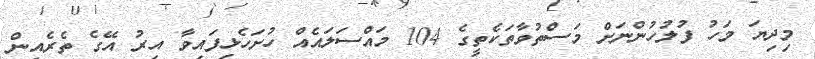
މިދިޔަ މަހު ފުލުހުންނަށް މަސްތުވާތަކެތީގެ 104 މައްސަލައެއް ހުށަހެޅިފައިވާ އިރު އޭގެ ތެރެއިން